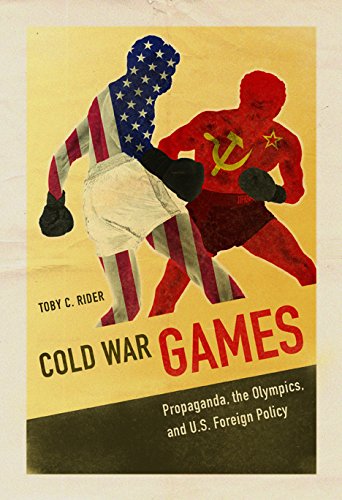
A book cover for Cold War Games: Propaganda, the Olympics, and U.S. Foreign Policy (Sport and Society); Toby C Rider; Sports & Outdoors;